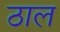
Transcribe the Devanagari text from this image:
ठाल